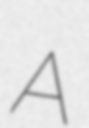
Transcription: A